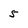
Character: 5